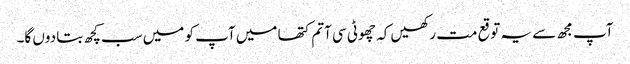
آپ مجھ سے یہ توقع مت رکھیں کہ چھوٹی سی آتم کتھا میں آپ کو میں سب کچھ بتا دوں گا۔